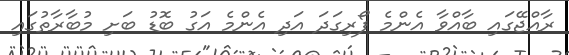
ރާއްޖޭގައި ބާއްވާ އެންމެ ފޯރިގަދަ އަދި އެންމެ އަގު ބޮޑު ބަށި މުބާރާތުގައި